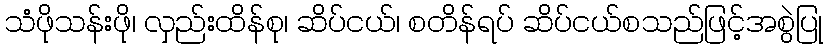
သံဖိုသန်းဖို၊ လှည်းထိန်စု၊ ဆိပ်ငယ်၊ စတိန်ရပ် ဆိပ်ငယ်စသည်ဖြင့်အစွဲပြု